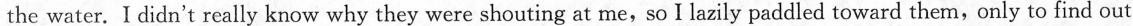
the water. I didn't really know why they were shouting at me, so I lazily paddled toward them, only to find out